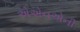
એએનએની